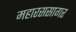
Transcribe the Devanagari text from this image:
महारससागर